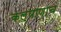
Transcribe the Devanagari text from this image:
कल्याणाचं